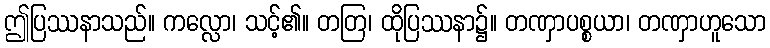
ဤပြဿနာသည်။ ကလ္လော၊ သင့်၏။ တတြ၊ ထိုပြဿနာ၌။ တဏှာပစ္စယာ၊ တဏှာဟူသော